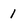
Character: 1